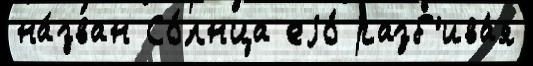
на́зван Со́лнца еjо́ разб'ива́я